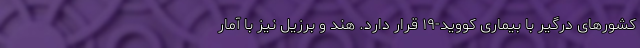
کشورهای درگیر با بیماری کووید-۱۹ قرار دارد. هند و برزیل نیز با آمار